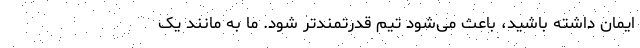
ایمان داشته باشید، باعث می‌شود تیم قدرتمندتر شود. ما به مانند یک